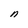
Character: n